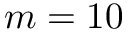
m = 1 0